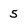
Character: 5